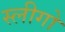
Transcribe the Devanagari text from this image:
स्लीगो